Lunatic asylums Bombay report 1891-1903 - 1891-1903
Year: 1891
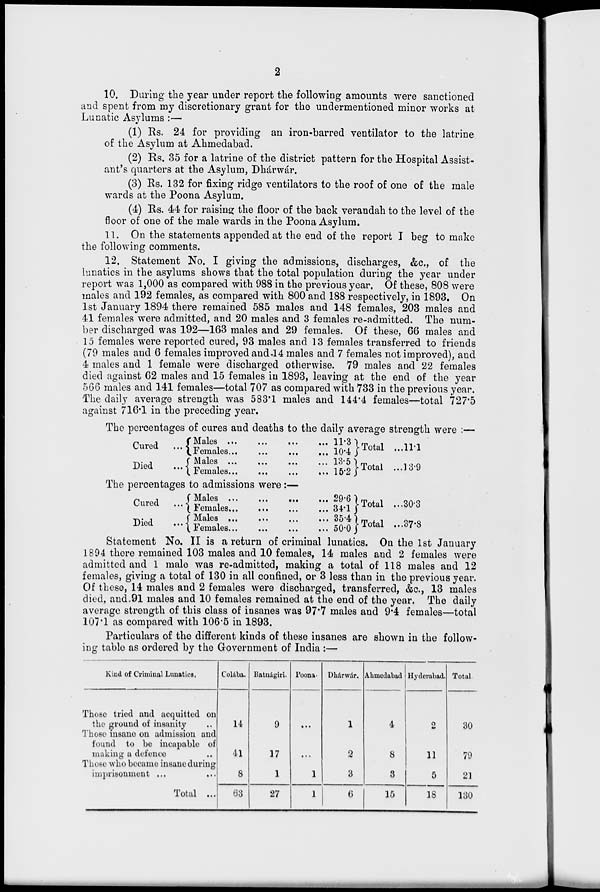
2
10. During the year under report the following amounts were sanctioned
and spent from my discretionary grant for the undermentioned minor works at
Lunatic Asylums :—
(1) Rs. 24 for providing an iron-barred ventilator to the latrine
of the Asylum at Ahmedabad.
(2) Rs. 35 for a latrine of the district pattern for the Hospital Assist-
ant's quarters at the Asylum, Dhárwár.
(3) Rs. 132 for fixing ridge ventilators to the roof of one of the male
wards at the Poona Asylum.
(4) Rs. 44 for raising the floor of the back verandah to the level of the
floor of one of the male wards in the Poona Asylum.
11. On the statements appended at the end of the report I beg to make
the following comments.
12. Statement No. I giving the admissions, discharges, &c., of the
lunatics in the asylums shows that the total population during the year under
report was 1,000 as compared with 988 in the previous year. Of these, 808 were
males and 192 females, as compared with 800 and 188 respectively, in 1893. On
1st January 1894 there remained 585 males and 148 females, 203 males and
41 females were admitted, and 20 males and 3 females re-admitted. The num-
ber discharged was 192—163 males and 29 females. Of these, 66 males and
15 females were reported cured, 93 males and 13 females transferred to friends
(79 males and 6 females improved and 14 males and 7 females not improved), and
4 males and 1 female were discharged otherwise. 79 males and 22 females
died against 62 males and 15 females in 1893, leaving at the end of the year
566 males and 141 females—total 707 as compared with 733 in the previous year.
The daily average strength was 583.1 males and 144.4 females—total 727.5
against 716.1 in the preceding year.
The percentages of cures and deaths to the daily average strength were :—
Cured ...
Died
...
Males
...
...
...
...
Females ... ...
...
...
Males ... ... ... ...
Females...
...
...
...
11.3
10.4
13.5
15.2
Total ...11.1
Total ...13.9
The percentages to admissions were :—
Cured
...
Died
...
Males ...
...
...
...
Females ... ... ... ...
Males ...
...
...
...
Females ... ... ... ...
29.6
34.1
35.4
50.0
Total ... 30.3
Total ... 37.8
Statement No. II is a return of criminal lunatics. On the 1st January
1894 there remained 103 males and 10 females, 14 males and 2 females were
admitted and 1 male was re-admitted, making a total of 118 males and 12
females, giving a total of 130 in all confined, or 3 less than in the previous year.
Of these, 14 males and 2 females were discharged, transferred, &c., 13 males
died, and 91 males and 10 females remained at the end of the year. The daily
average strength of this class of insanes was 97.7 males and 9.4 females—total
107.1 as compared with 106.5 in 1893.
Particulars of the different kinds of these insanes are shown in the follow-
ing table as ordered by the Government of India :—
Kind of Criminal Lunatics.
Those tried and acquitted on
the ground of insanity ..
Those insane on admission and
found to be incapable of
making a defence ..
Those who became insane during
imprisonment ... ...
Total ...
Colába.
14
41
8
63
Ratnágiri.
9
17
1
27
Poona.
...
...
1
1
Dhárwár.
1
2
3
6
Ahmedabad
4
8
3
15
Hyderabad.
2
11
5
18
Total.
30
79
21
130